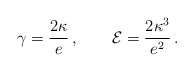
\begin{align*}\gamma = {2 \kappa \over e } \,, \qquad {\cal E} = {2 \kappa^3 \over e^2} \, .\end{align*}